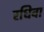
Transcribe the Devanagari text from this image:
रधिवा